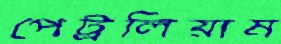
পেট্রলিয়াম